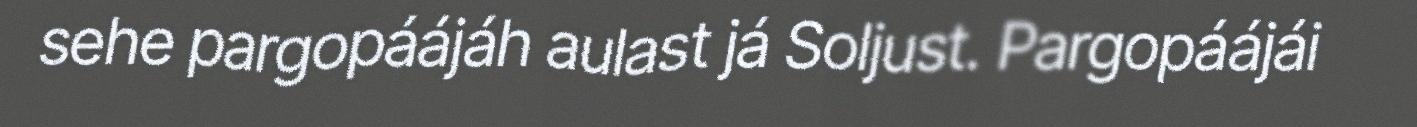
sehe pargopáájáh aulast já Soljust. Pargopáájái